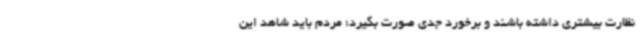
نظارت بیشتری داشته باشند و برخورد جدی صورت بگیرد؛ مردم باید شاهد این